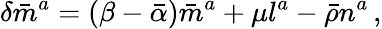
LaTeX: \delta{\bar{m}}^{a}=(\beta-{\bar{\alpha}}){\bar{m}}^{a}+\mu l^{a}-{\bar{\rho}}n^{a}\, ,